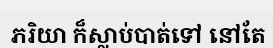
ភរិយា ក៏ស្លាប់បាត់ទៅ នៅតែ